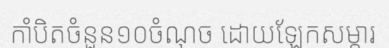
កាំបិតចំនួន១០ចំណុច ដោយឡែកសម្ភារ